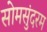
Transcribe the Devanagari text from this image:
सोमसुंदरम